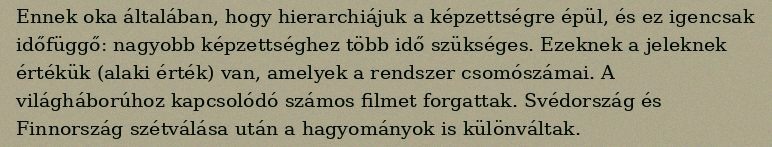
Ennek oka általában, hogy hierarchiájuk a képzettségre épül, és ez igencsak időfüggő: nagyobb képzettséghez több idő szükséges. Ezeknek a jeleknek értékük (alaki érték) van, amelyek a rendszer csomószámai. A világháborúhoz kapcsolódó számos filmet forgattak. Svédország és Finnország szétválása után a hagyományok is különváltak.